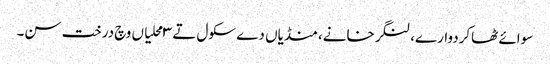
سوائے ٹھاکردوارے، لنگرخانے، منڈیاں دے سکول تے ٣ محلیاں وچ درخت سن۔